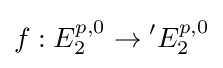
f:E_{2}^{p,0}\to {}^{\prime }E_{2}^{p,0}